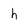
Character: h